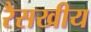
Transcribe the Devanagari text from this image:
रैसखीय